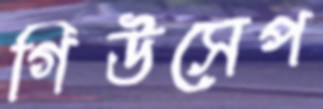
গিউসেপ